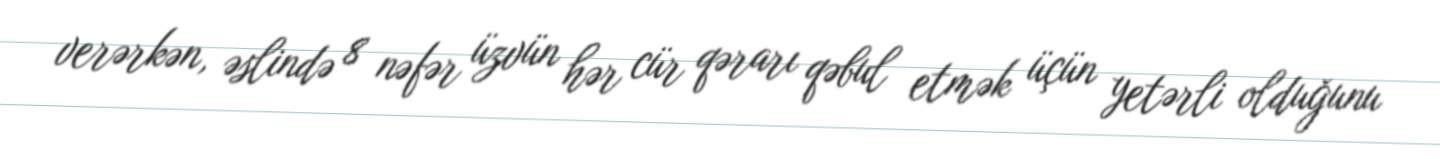
verərkən, əslində 8 nəfər üzvün hər cür qərarı qəbul etmək üçün yetərli olduğunu